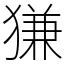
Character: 㺌